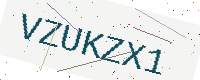
Text: VZUKZX1